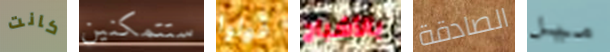
كانت ستتمكنين قولوا بالأشباح الصادقة ميل